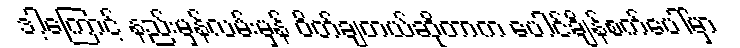
ဒါ့ကြောင့် နည်းမှန်လမ်းမှန် ဝိတ်ချတယ်ဆိုတာက ပေါင်ချိန်စက်ပေါ်မှာ